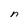
Character: n